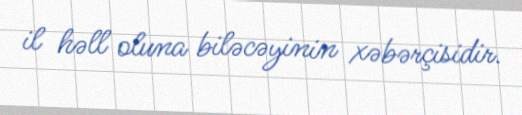
il həll oluna biləcəyinin xəbərçisidir.